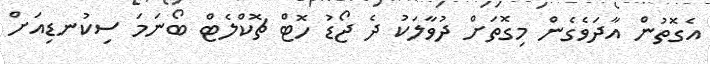
އެގޮތުން އާދަވެގެން މިގޮތަށް ދުވާލަކު ދެ ޖޯޑު ހޮޓް ޗޮކްލެޓް ބޯނަމަ ސިކުނޑިއަށް